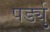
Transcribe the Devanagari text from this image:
पर्ड्यु